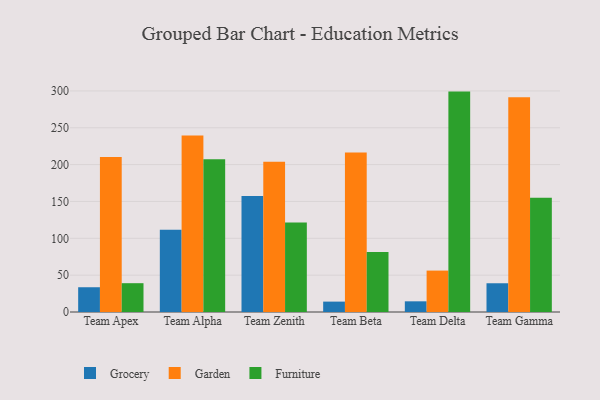
{"axis": {"x": "Team", "y": "Waste Production (Tons)"}, "legend": ["Furniture", "Garden", "Grocery"], "data": [{"x": "Team Apex", "y": 33.6, "type": "Grocery"}, {"x": "Team Apex", "y": 210.5, "type": "Garden"}, {"x": "Team Apex", "y": 39.1, "type": "Furniture"}, {"x": "Team Alpha", "y": 111.6, "type": "Grocery"}, {"x": "Team Alpha", "y": 239.5, "type": "Garden"}, {"x": "Team Alpha", "y": 207.2, "type": "Furniture"}, {"x": "Team Zenith", "y": 157.3, "type": "Grocery"}, {"x": "Team Zenith", "y": 204.0, "type": "Garden"}, {"x": "Team Zenith", "y": 121.3, "type": "Furniture"}, {"x": "Team Beta", "y": 14.1, "type": "Grocery"}, {"x": "Team Beta", "y": 216.4, "type": "Garden"}, {"x": "Team Beta", "y": 81.4, "type": "Furniture"}, {"x": "Team Delta", "y": 14.5, "type": "Grocery"}, {"x": "Team Delta", "y": 56.2, "type": "Garden"}, {"x": "Team Delta", "y": 299.1, "type": "Furniture"}, {"x": "Team Gamma", "y": 39.0, "type": "Grocery"}, {"x": "Team Gamma", "y": 291.4, "type": "Garden"}, {"x": "Team Gamma", "y": 155.2, "type": "Furniture"}]}